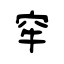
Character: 窂